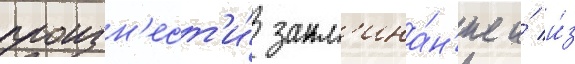
произн'ест'и́ закл'ина́н'ие и́ и́з